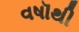
વષૉથી